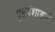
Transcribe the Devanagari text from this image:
गुप्तवंशावली